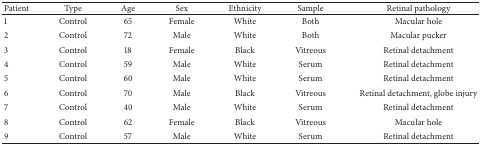
<table><thead><tr><td><b>Patient</b></td><td><b>Type</b></td><td><b>Age</b></td><td><b>Sex</b></td><td><b>Ethnicity</b></td><td><b>Sample</b></td><td><b>Retinal pathology</b></td></tr></thead><tbody><tr><td>1</td><td>Control</td><td>65</td><td>Female</td><td>White</td><td>Both</td><td>Macular hole</td></tr><tr><td>2</td><td>Control</td><td>72</td><td>Male</td><td>White</td><td>Both</td><td>Macular pucker</td></tr><tr><td>3</td><td>Control</td><td>18</td><td>Female</td><td>Black</td><td>Vitreous</td><td>Retinal detachment</td></tr><tr><td>4</td><td>Control</td><td>59</td><td>Male</td><td>White</td><td>Serum</td><td>Retinal detachment</td></tr><tr><td>5</td><td>Control</td><td>60</td><td>Male</td><td>White</td><td>Serum</td><td>Retinal detachment</td></tr><tr><td>6</td><td>Control</td><td>70</td><td>Male</td><td>Black</td><td>Vitreous</td><td>Retinal detachment, globe injury</td></tr><tr><td>7</td><td>Control</td><td>40</td><td>Male</td><td>White</td><td>Serum</td><td>Retinal detachment</td></tr><tr><td>8</td><td>Control</td><td>62</td><td>Female</td><td>Black</td><td>Vitreous</td><td>Macular hole</td></tr><tr><td>9</td><td>Control</td><td>57</td><td>Male</td><td>White</td><td>Serum</td><td>Retinal detachment</td></tr></tbody></table>